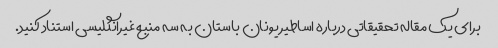
برای یک مقاله تحقیقاتی درباره اساطیر یونان باستان به سه منبع غیرانگلیسی استناد کنید.